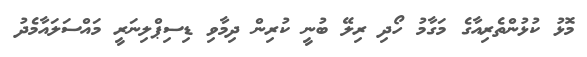
މޮޅު ކުޅުންތެރިއާގެ މަގާމު ހޯދި ރިލޭ ބުނީ ކުރިން ދިމާވި ޑިސިޕްލިނަރީ މައްސަލައާމެދު